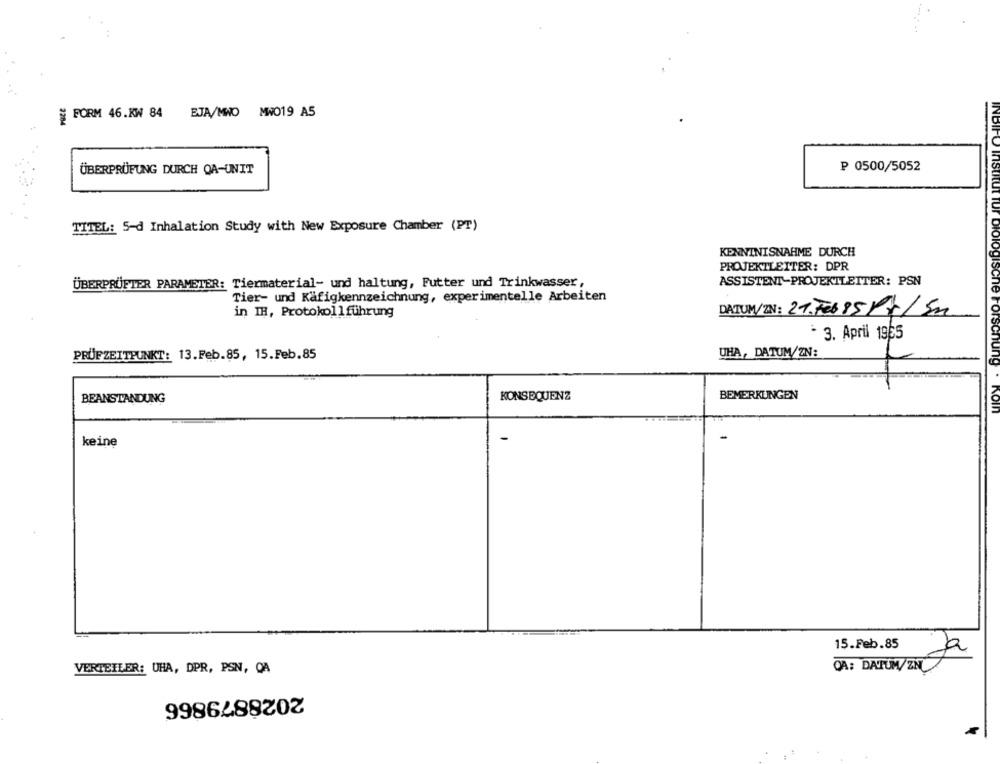
S FORM 46.KW 84 EJA/MNO MW019 A5
₱ 0500/5052
ÜBERPRÜFUNG DURCH QA-UNIT
TITEL: 5-d Inhalation Study with New Exposure Chamber (PT)
KENNTNISNAHME DURCH
PROJEKTLEITER: DPR
ASSISTENT-PROJEKTLEITER: PSN
ÜBERPRÜFTER PARAMETER: Tiermaterial- und haltung, Futter und Trinkwasser,
Tier- und Käfigkennzeichnung, experimentelle Arbeiten
in IH, Protokollführung
DATUM/ZIN: 21.Feb85Px/5m
* 3. April 1965
PRÜFZEITPUNKT: 13.Feb.85, 15.Feb.85
UHA, DATUM/ZN:
ne Forschung
KONSEQUENZ
BEMERKUNGEN
BEANSTANDUNG
NOW
keine
15.Feb.85
Ja
VERTEILER: UHA, DPR, PSN, OA
CA: DATUM/ZN
2028879866